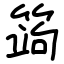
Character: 䈮